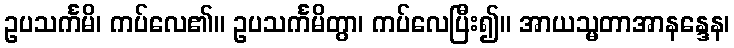
ဥပသင်္ကမိ၊ ကပ်လေ၏။ ဥပသင်္ကမိတွာ၊ ကပ်လေပြီး၍။ အာယသ္မတာအာနန္ဒေန၊